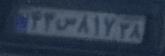
۴۳س۸۱۷۳۸